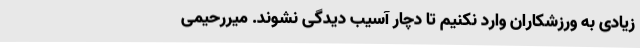
زیادی به ورزشکاران وارد نکنیم تا دچار آسیب دیدگی نشوند. میررحیمی